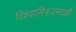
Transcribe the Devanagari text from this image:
विश्वामित्रजमदग्नी